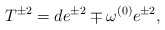
\begin{align*}T^{\pm2}=de^{\pm2}\mp\omega^{(0)}e^{\pm2},\end{align*}